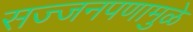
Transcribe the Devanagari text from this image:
सज्जनपणामुळे